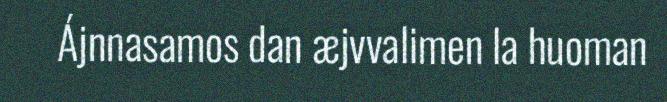
Ájnnasamos dan æjvvalimen la huoman